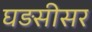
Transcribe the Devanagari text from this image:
घड़सीसर